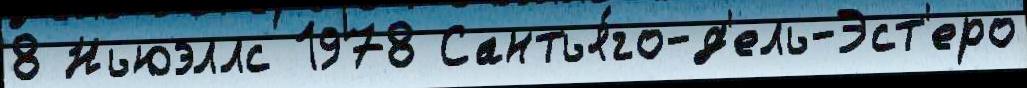
8 Ньюэллс 1978 Сантья́го-д'ель-Эст'еро